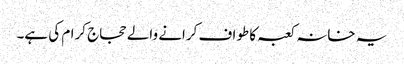
یہ خانہ کعبہ کا طواف کرانے والے حجاج کرام کی ہے۔